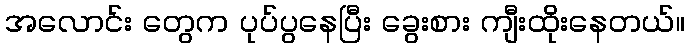
အလောင်း တွေက ပုပ်ပွနေပြီး ခွေးစား ကျီးထိုးနေတယ်။